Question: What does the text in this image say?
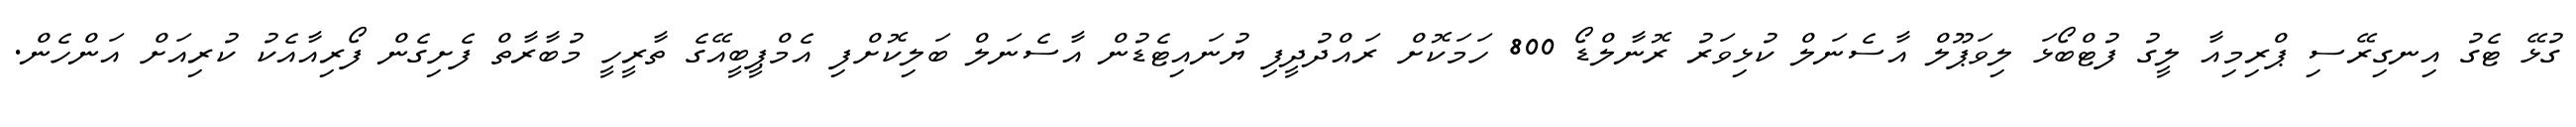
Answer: ގުޅޭ ޓެގު އިނގިރޭސި ޕްރިމިއާ ލީގު ފުޓްބޯޅަ ލިވަޕޫލް އާސެނަލް ކުޅިވަރު ރޮނާލްޑޯ 800 ހަމަކޮށް ރައްދުދީފި ޔުނައިޓެޑުން އާސެނަލް ބަލިކޮށްފި އެމްޕީބީއޭގެ ތާރީހީ މުބާރާތް ފެށިގެން ފޯރިއާއެކު ކުރިއަށް އަންހެން.